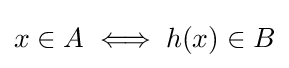
x\in A\iff h(x)\in B